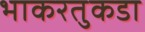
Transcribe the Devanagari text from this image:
भाकरतुकडा